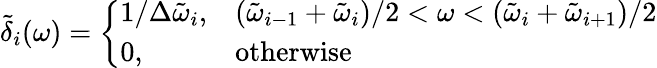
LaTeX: \tilde{\delta}_{i}(\omega)=\left\{ \begin{array}{ll}{1/\Delta\tilde{\omega}_{i},}&{(\tilde{\omega}_{i-1}+\tilde{\omega}_{i})/2<\omega<(\tilde{\omega}_{i}+\tilde{\omega}_{i+1})/2}\\ {0,}&{\mathrm{otherwise}}\end{array}\right.